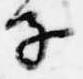
子